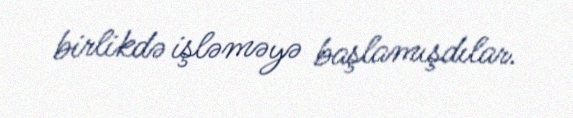
birlikdə işləməyə başlamışdılar.